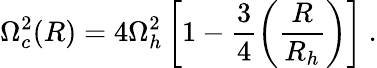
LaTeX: \Omega_{c}^{2}(R)=4\Omega_{h}^{2}\left[1-\frac{3}{4}\left(\frac{R}{R_{h}}\right)\right]\ .